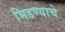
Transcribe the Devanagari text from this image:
भिडण्याचे